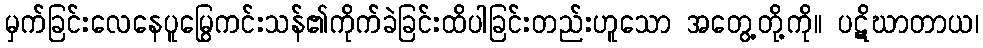
မှက်ခြင်းလေနေပူမြွေကင်းသန်၏ကိုက်ခဲခြင်းထိပါခြင်းတည်းဟူသော အတွေ့တို့ကို။ ပဋိဃာတာယ၊